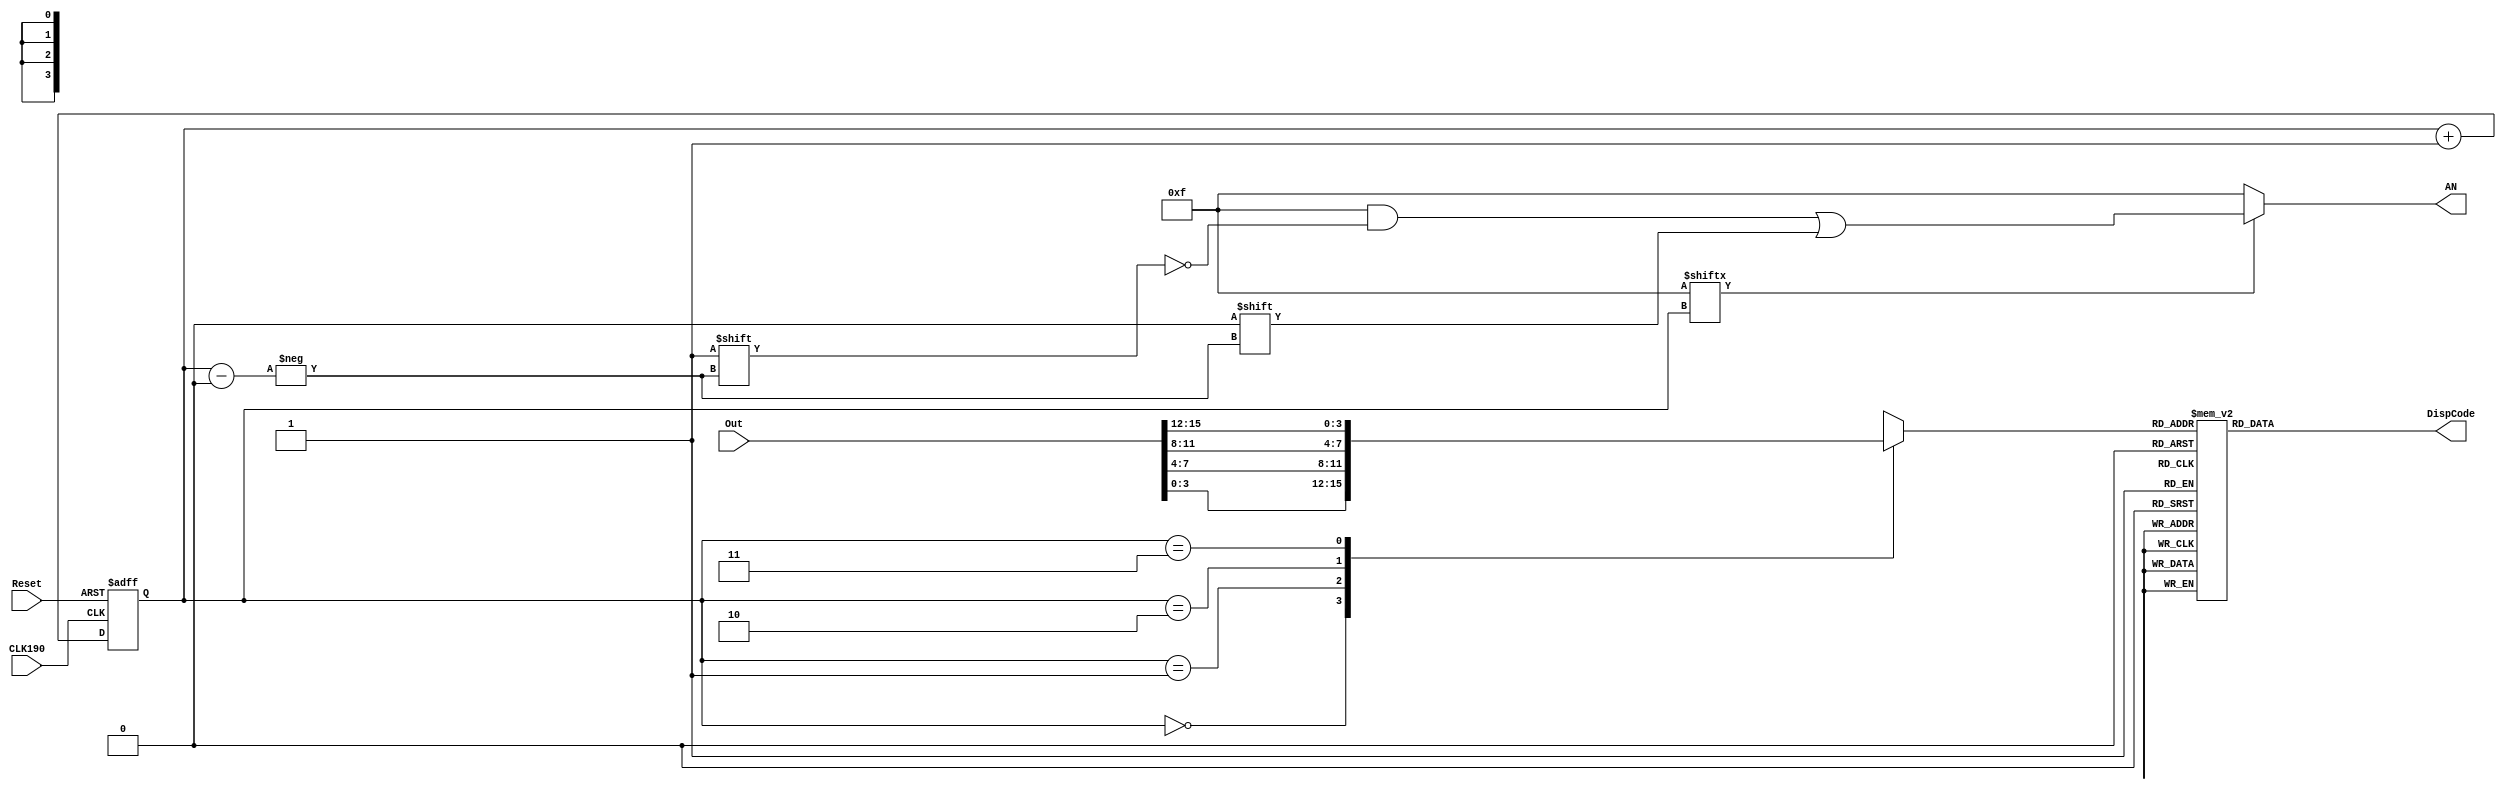
`timescale 1ns / 1ps
//////////////////////////////////////////////////////////////////////////////////
// Company: 
// Engineer: 
// 
// Design Name: 
// Module Name: display
// Project Name: 
// Target Devices: 
// Tool Versions: 
// Description: 
// 
// Dependencies: 
// 
// Revision:
// Revision 0.01 - File Created
// Additional Comments:
// 
//////////////////////////////////////////////////////////////////////////////////


module display(
    input CLK190,                   // 
    input Reset,                    // 
    input [15:0] Out,               // 
    output reg [3:0] AN,            // 
    output reg [6:0] DispCode       // 
    );

    // 
    reg [1:0] selector;
    always @(posedge CLK190 or negedge Reset) begin
        if (!Reset) begin
            selector <= 0;
        end
        else begin
            selector <= selector + 1;
        end
    end

    // 
    reg [3:0] digits;
    always @(*) begin
        case (selector)
          0: digits = Out[3:0];
          1: digits = Out[7:4];
          2: digits = Out[11:8];
          3: digits = Out[15:12];
          default:  digits = Out[3:0];
        endcase
    end

    // 
    always @(*) begin
        case (digits)
            // '0'-'1'-
            4'h0: DispCode = 7'b0000001; //0
            4'h1: DispCode = 7'b1001111; //1
            4'h2: DispCode = 7'b0010010; //2
            4'h3: DispCode = 7'b0000110; //3
            4'h4: DispCode = 7'b1001100; //4
            4'h5: DispCode = 7'b0100100; //5
            4'h6: DispCode = 7'b0100000; //6
            4'h7: DispCode = 7'b0001111; //7
            4'h8: DispCode = 7'b0000000; //8
            4'h9: DispCode = 7'b0000100; //9
            4'hA: DispCode = 7'b0001000; //A
            4'hB: DispCode = 7'b1100000; //b
            4'hC: DispCode = 7'b0110001; //C
            4'hD: DispCode = 7'b1000010; //d
            4'hE: DispCode = 7'b0110000; //E
            4'hF: DispCode = 7'b0111000; //F
          default: DispCode = 7'b1111111;
        endcase
    end

    // 
    wire [3:0] temp;
    assign temp = 4'b1111;
    always @(*) begin
        AN = 4'b1111;
        if (temp[selector]) begin
            AN[selector] = 0;
        end
    end
endmodule